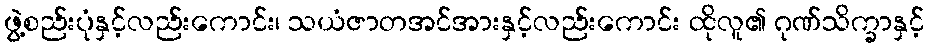
ဖွဲ့စည်းပုံနှင့်လည်းကောင်း၊ သယံဇာတအင်အားနှင့်လည်းကောင်း ထိုလူ၏ ဂုဏ်သိက္ခာနှင့်